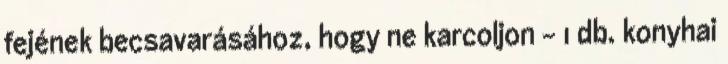
fejének becsavarásához, hogy ne karcoljon - 1 db. konyhai